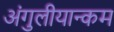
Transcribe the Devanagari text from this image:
अंगुलीयान्कम